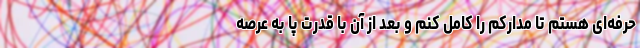
حرفه‌ای هستم تا مدارکم را کامل کنم و بعد از آن با قدرت پا به عرصه